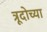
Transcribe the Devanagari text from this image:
त्रूदोच्या